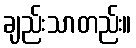
ချည်းသာတည်း။